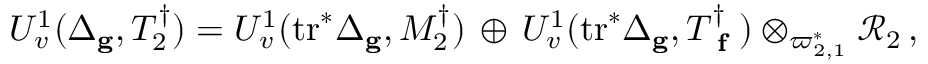
{ U } _ { v } ^ { 1 } ( \Delta _ { \mathbf { g } } , T _ { 2 } ^ { \dagger } ) = U _ { v } ^ { 1 } ( \mathrm { t r } ^ { * } \Delta _ { \mathbf { g } } , M _ { 2 } ^ { \dagger } ) \, \oplus \, U _ { v } ^ { 1 } ( \mathrm { t r } ^ { * } \Delta _ { \mathbf { g } } , T _ { \textup { \bf f } } ^ { \dagger } ) \otimes _ { \varpi _ { 2 , 1 } ^ { * } } \mathcal { R } _ { 2 } \, ,